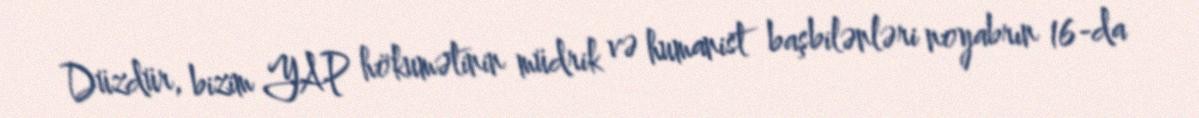
Düzdür, bizim YAP hökumətinin müdrik və humanist başbilənləri noyabrın 16-da